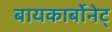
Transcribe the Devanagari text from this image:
बायकार्बोनेट्